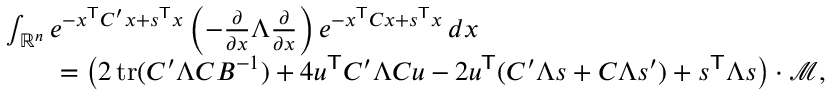
{ \begin{array} { r l } & { \int _ { \mathbb { R } ^ { n } } e ^ { - x ^ { \mathsf { T } } C ^ { \prime } x + s ^ { \mathsf { T } } x } \left( - { \frac { \partial } { \partial x } } \Lambda { \frac { \partial } { \partial x } } \right) e ^ { - x ^ { \mathsf { T } } C x + s ^ { \mathsf { T } } x } \, d x } \\ & { \qquad = \left( 2 \operatorname { t r } ( C ^ { \prime } \Lambda C B ^ { - 1 } ) + 4 u ^ { \mathsf { T } } C ^ { \prime } \Lambda C u - 2 u ^ { \mathsf { T } } ( C ^ { \prime } \Lambda s + C \Lambda s ^ { \prime } ) + s ^ { \mathsf { T } } \Lambda s \right) \cdot { \mathcal { M } } , } \end{array} }